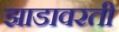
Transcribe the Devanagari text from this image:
झाडावरती